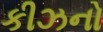
કીઝનો